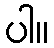
ပါ။